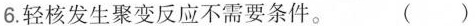
6.轻核发生聚变反应不需要条件。 ( )